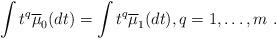
LaTeX: \begin{align*}\int t^q \overline{\mu}_0(dt)= \int t^q \overline{\mu}_1(dt) ,q=1,\ldots, m\ .\end{align*}